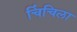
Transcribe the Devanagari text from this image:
चिंचिला